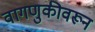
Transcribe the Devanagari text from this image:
वागणुकीवरून